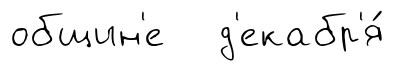
общин'е д'екабр'я́